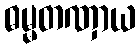
ဓမ္မတဏှာယ